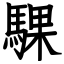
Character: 騍